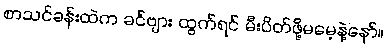
စာသင်ခန်းထဲက ခင်ဗျား ထွက်ရင် မီးပိတ်ဖို့မမေ့နဲ့နော်။